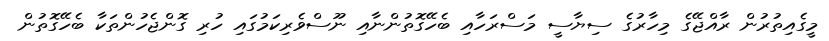
މީގެއިތުރުން ރާއްޖޭގެ މިހާރުގެ ސިޔާސީ މަސްރަހާއި ބެހޭގޮތުންނާއި ނޫސްވެރިކަމުގައި ހުރި ގޮންޖެހުންތަކާ ބެހޭގޮތުން